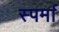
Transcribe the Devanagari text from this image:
स्पर्मा